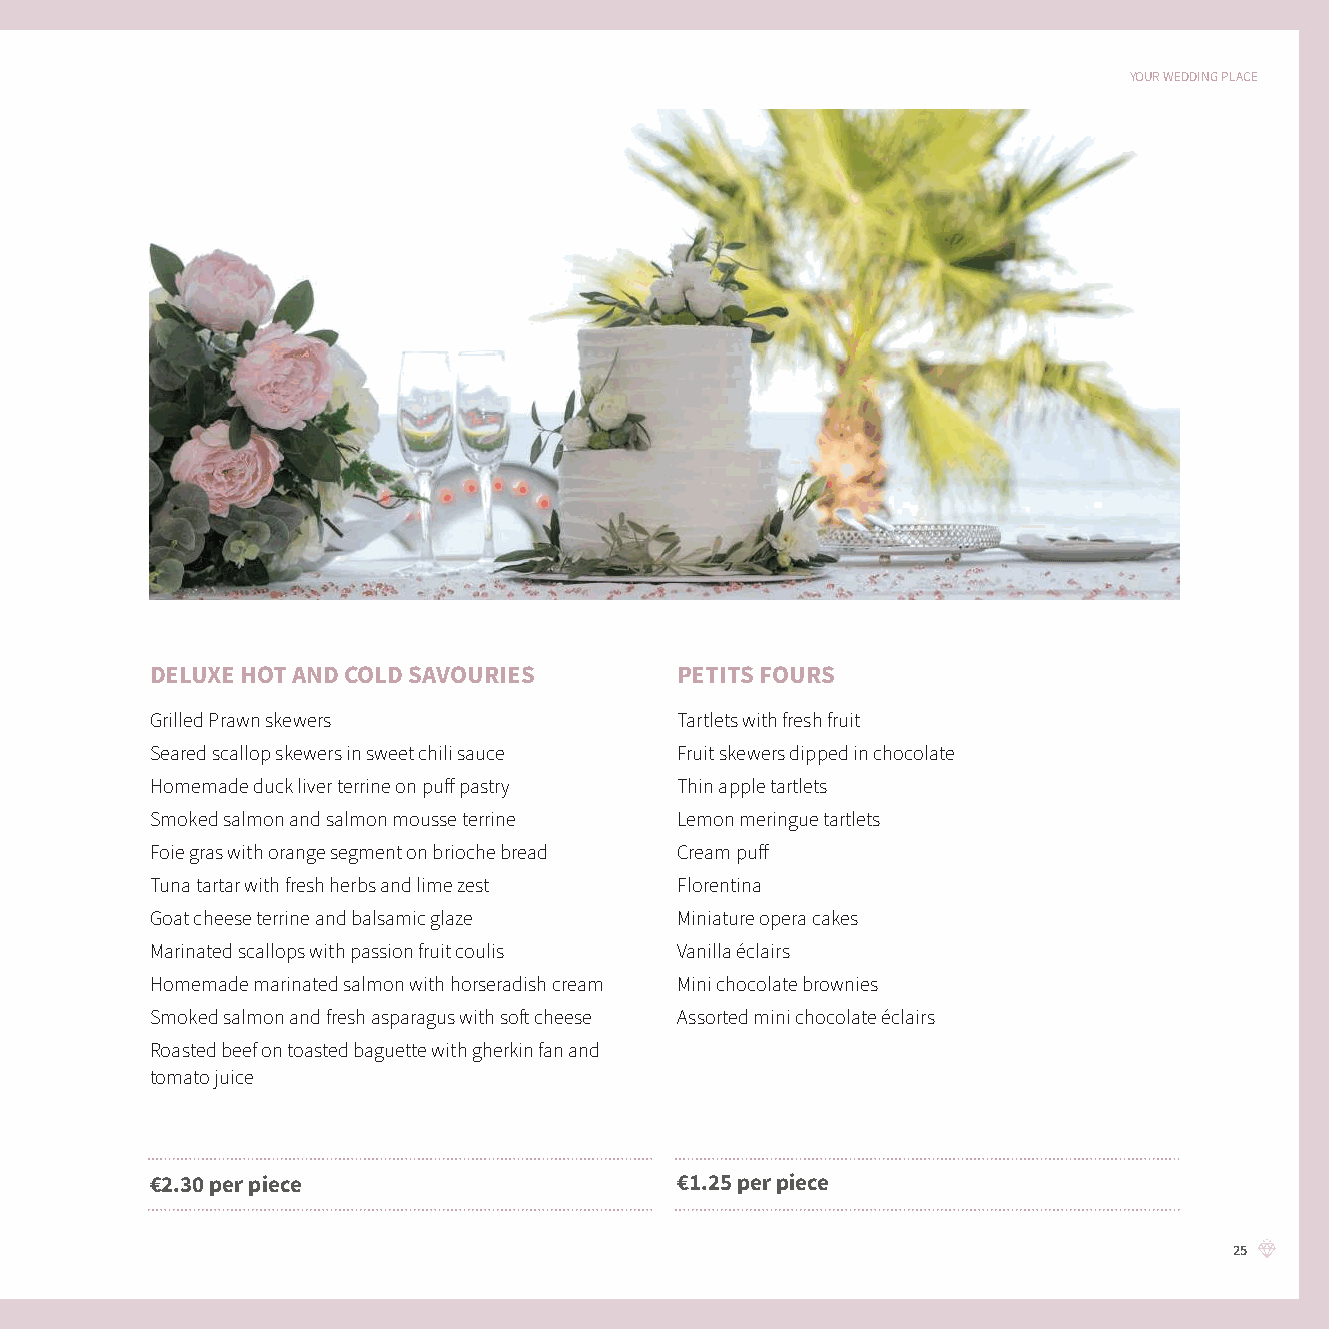
YOUR WEDDING PLACE
 DELUXE HOT AND COLD SAVOURIES      PETITS FOURS
 Grilled Prawn skewers              Tartlets with fresh fruit
 Seared scallop skewers in sweet chili sauce Fruit skewers dipped in chocolate
 Homemade duck liver terrine on puff pastry Thin apple tartlets
 Smoked salmon and salmon mousse terrine Lemon meringue tartlets
 Foie gras with orange segment on brioche bread Cream puff
 Tuna tartar with fresh herbs and lime zest Florentina
 Goat cheese terrine and balsamic glaze Miniature opera cakes
 Marinated scallops with passion fruit coulis Vanilla éclairs
 Homemade marinated salmon with horseradish cream Mini chocolate brownies
 Smoked salmon and fresh asparagus with soft cheese Assorted mini chocolate éclairs
 Roasted beef on toasted baguette with gherkin fan and
 tomato juice
 €2.30 per piece                    €1.25 per piece
 25